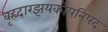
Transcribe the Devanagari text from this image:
वृहदारझयकोपनिषद